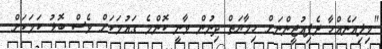
"މިލިއަނެއްހާ ރެފިއުޖީންނަށް ހިމާޔަތް ދިނުން ވާނީ ކޮންމެ ގައުމަކަށް ވެސް ބޮޑު ކަމަކަށް.